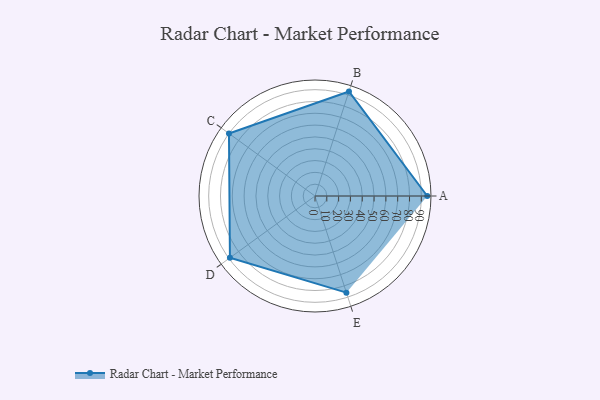
{"axis": {"x": "Skill", "y": "Score"}, "legend": ["Profile"], "data": [{"x": "A", "y": 95.0, "type": "Profile"}, {"x": "B", "y": 93.0, "type": "Profile"}, {"x": "C", "y": 90.0, "type": "Profile"}, {"x": "D", "y": 89.0, "type": "Profile"}, {"x": "E", "y": 86.0, "type": "Profile"}]}